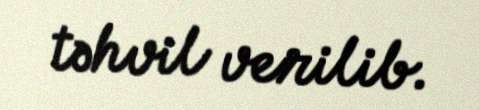
təhvil verilib.